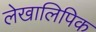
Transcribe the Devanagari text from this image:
लेखालिपिक